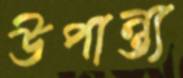
উপান্ত্য